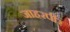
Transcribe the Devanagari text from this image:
जाहरपीर